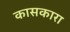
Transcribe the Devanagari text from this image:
कासकारा